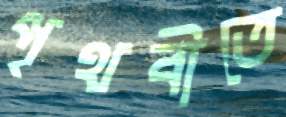
পৃথবীতে